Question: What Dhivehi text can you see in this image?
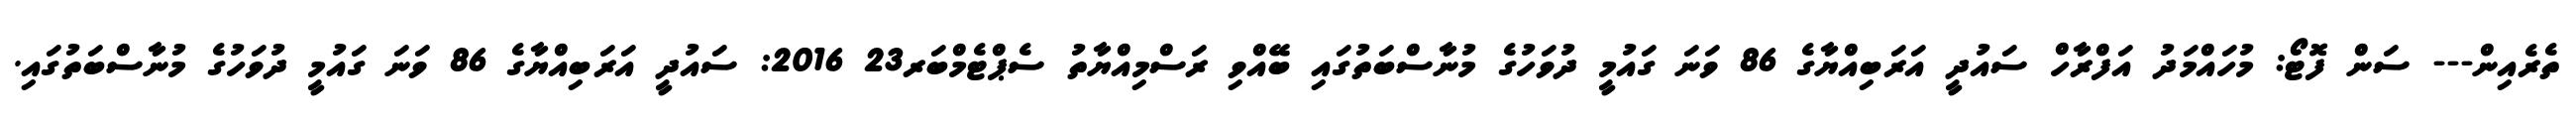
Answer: ތެރެއިން--- ސަން ފޮޓޯ: މުހައްމަދު އަފްރާހް ސައުދީ އަރަބިއްޔާގެ 86 ވަނަ ގައުމީ ދުވަހުގެ މުނާސްބަތުގައި ބޭއްވި ރަސްމިއްޔާތު ސެޕްޓެމްބަރ23 2016: ސައުދީ އަރަބިއްޔާގެ 86 ވަނަ ގައުމީ ދުވަހުގެ މުނާސްބަތުގައި.